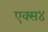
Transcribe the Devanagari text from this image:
एक्स४